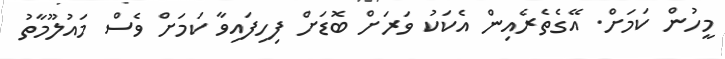
މީހުން ކަމަށް. އޭގެތެރެއިން އެކަކު ވަރަށް ބޮޑަށް ފިހިފައިވާ ކަމަށް ވެސް މައުލޫމާތު